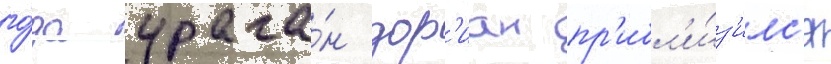
го́да урага́н дор'иан пр'ибл'и́з'илс'я